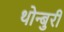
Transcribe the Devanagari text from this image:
थोन्बुरी